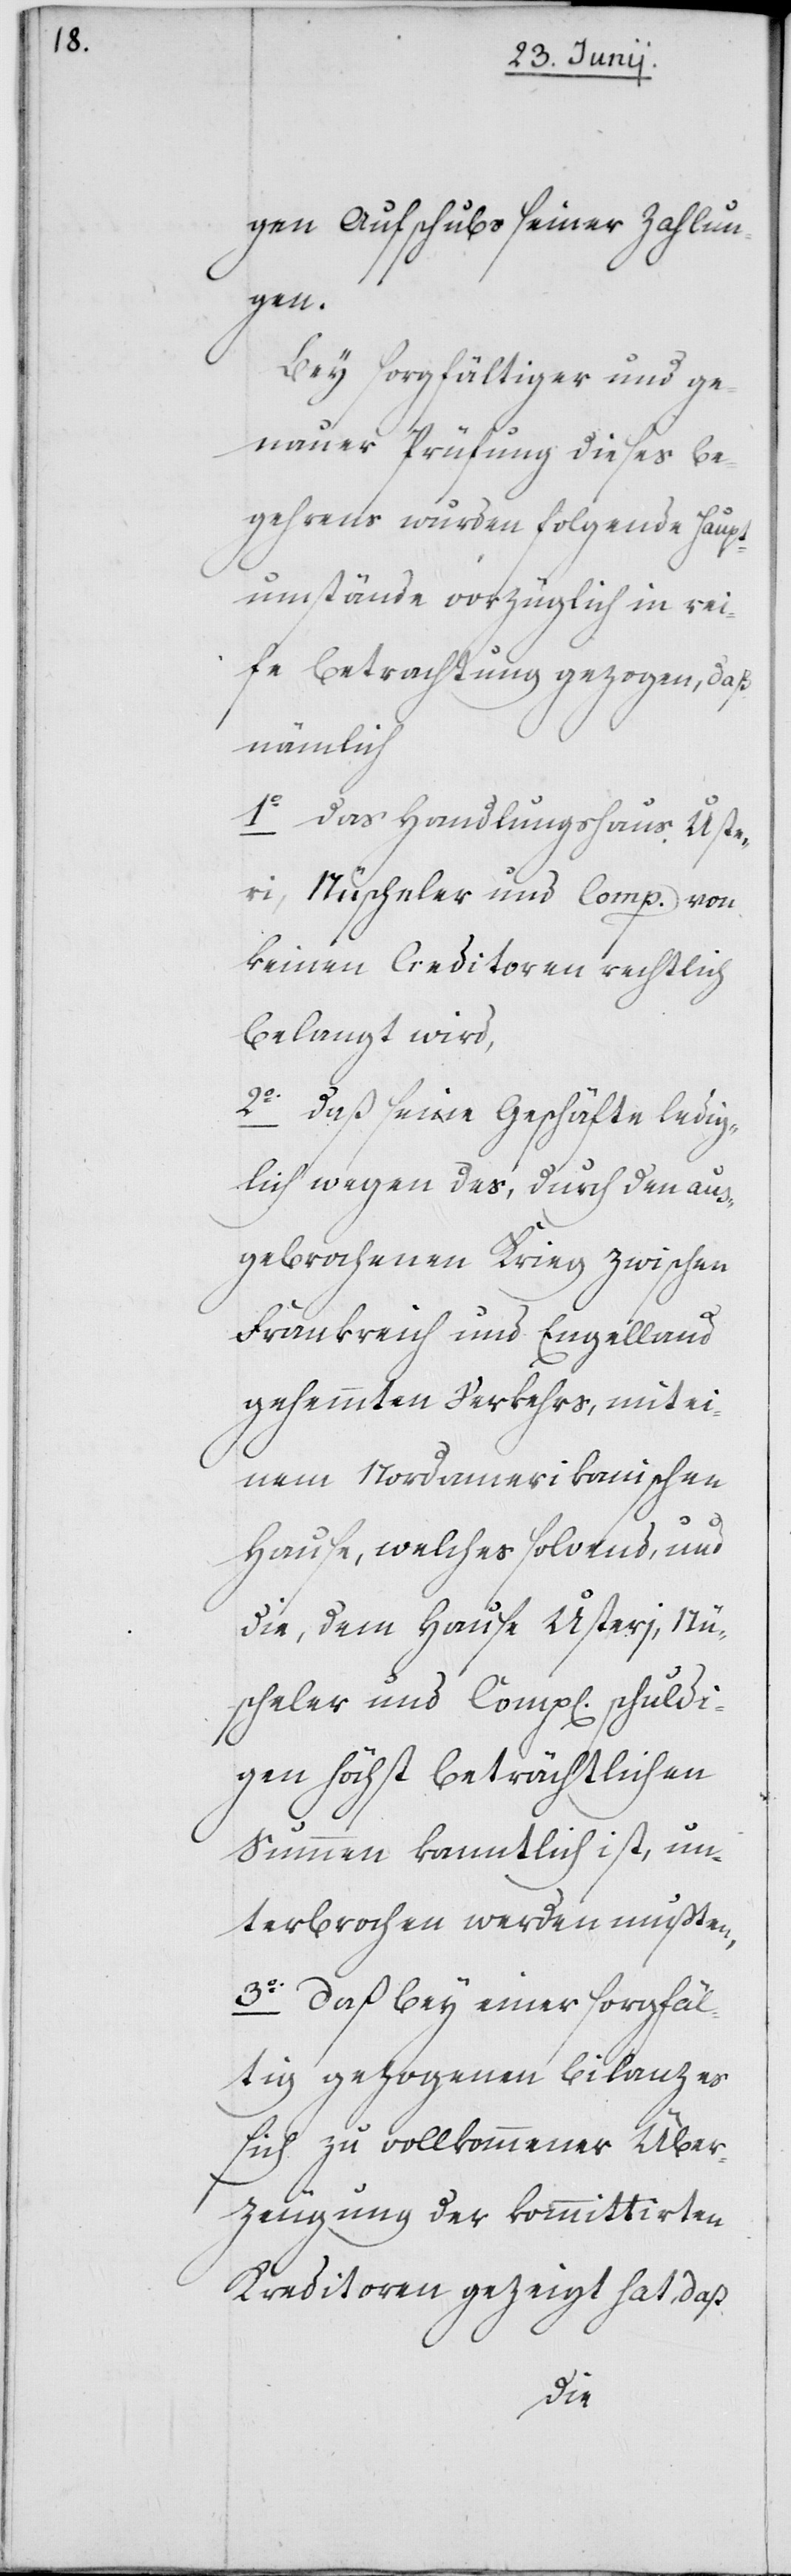
gen Aufschub seiner Zahlun¬
gen.
Bey sorgfältiger und ge¬
nauer Prüfung dieses Be¬
gehrens wurden folgende Haupt¬
umstände vorzüglich in rei¬
fe Betrachtung gezogen, daß
nämlich
1o das Handlungshaus Uste¬
ri, Nüscheler und Comp. von
keinen Creditoren rechtlich
belangt wird,
2o daß seine Geschäfte ledig¬
lich wegen des, durch den aus¬
gebrochenen Krieg zwischen
Frankreich und Engelland
gehemmten Verkehrs, mit ei¬
nem Nordamerikanischen
Hause, welches solvent, und
die, dem Hause Usteri, Nü¬
scheler und Comp[agnie] schuldi¬
gen höchst beträchtlichen
Summen kanntlich ist, un¬
terbrochen werden mußten,
3o Daß bey einer sorgfäl¬
tig gezogenen Bilanz es
sich zu vollkommener Über¬
zeugung der kommittirten
Kreditoren gezeigt hat, daß